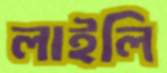
লাইলি